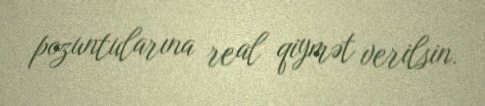
pozuntularına real qiymət verilsin.